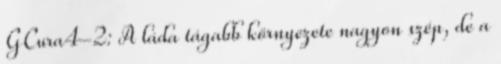
GCura4-2: A láda tágabb környezete nagyon szép, de a